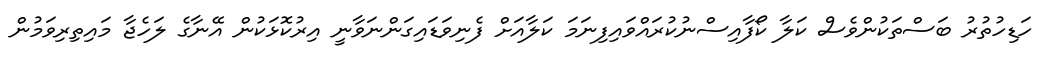
ހަޑިހުތުރު ބަސްތަކުންވެސް ކަލާ ކޯފާއިސްނުކުރައްވައިފިނަމަ ކަލާއަށް ފެނިވަޑައިގަންނަވާނީ އިރުކޮޅަކުން އޭނާގެ ލަހެޖާ މައިތިރިވަމުން